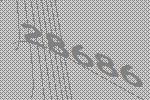
28686